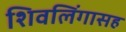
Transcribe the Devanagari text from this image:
शिवलिंगासह